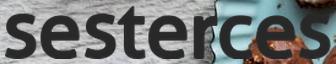
sesterces